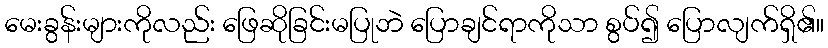
မေးခွန်းများကိုလည်း ဖြေဆိုခြင်းမပြုဘဲ ပြောချင်ရာကိုသာ စွပ်၍ ပြောလျက်ရှိ၏။